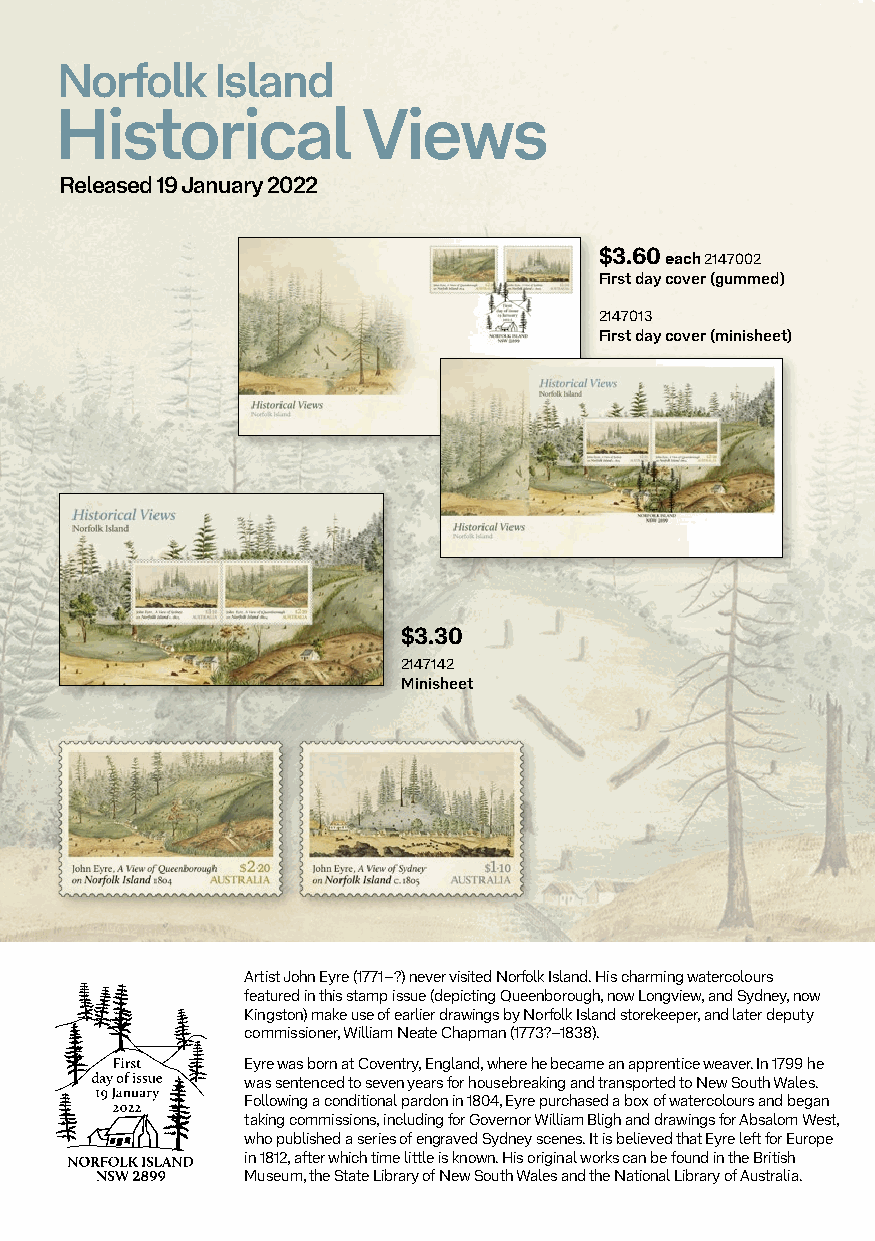
Norfolk   Island
 Historical          Views
 Released 19 January 2022
 $3.60 each 2147002
 First day cover (gummed)
 2147013
 First day cover (minisheet)
 $3.30
 2147142
 Minisheet
 Artist John Eyre (1771–?) never visited Norfolk Island. His charming watercolours
 featured in this stamp issue (depicting Queenborough, now Longview, and Sydney, now
 Kingston) make use of earlier drawings by Norfolk Island storekeeper, and later deputy
 commissioner, William Neate Chapman (1773?–1838).
 Eyre was born at Coventry, England, where he became an apprentice weaver. In 1799 he
 was sentenced to seven years for housebreaking and transported to New South Wales.
 Following a conditional pardon in 1804, Eyre purchased a box of watercolours and began
 taking commissions, including for Governor William Bligh and drawings for Absalom West,
 who published a series of engraved Sydney scenes. It is believed that Eyre left for Europe
 in 1812, after which time little is known. His original works can be found in the British
 Museum, the State Library of New South Wales and the National Library of Australia.
 DESIGN MANAGER (after FA sign off) Date